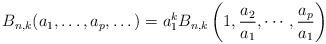
LaTeX: \begin{align*}B_{n,k}(a_1,\dots,a_p,\dots)=a_1^kB_{n,k}\left(1,{a_2\over a_1},\cdots,{a_p\over a_1}\right)\end{align*}